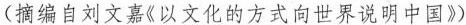
摘编自刘文嘉《以文化的方式向世界说明中国》)